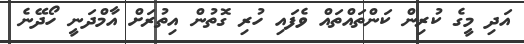
އަދި މީގެ ކުރިން ކަންތައްތައް ވެފައި ހުރި ގޮތުން އިތުރަށް އާމްދަނީ ހޯދޭނެ